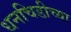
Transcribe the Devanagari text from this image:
धनचिडीच्या